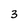
Character: 3